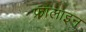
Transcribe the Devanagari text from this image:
फ्रालाइन